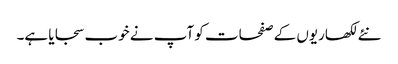
نئے لکھاریوں کے صفحات کو آپ نے خوب سجایا ہے۔